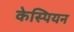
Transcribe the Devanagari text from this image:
केस्पियन